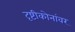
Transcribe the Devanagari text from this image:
दृष्टीकोनांवर